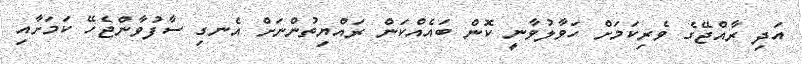
އަދި ރާއްޖޭގެ ވެރިކަމަށް ހަވާލުވާނީ ކޮން ބައެއްކަން ރައްޔިތުންނަށް އެނގި ސާފުވާންޖެހޭ ކަމަށާއި